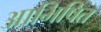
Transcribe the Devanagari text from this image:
आभिषित